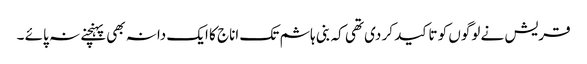
قریش نے لوگوں کو تاکید کر دی تھی کہ بنی ہاشم تک اناج کا ایک دانہ بھی پہنچنے نہ پائے ۔